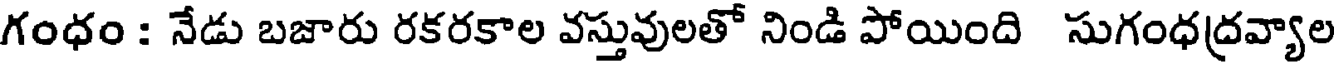
గంధం : నేడు బజారు రకరకాల వస్తువులతో నిండి పోయింది సుగంధద్రవ్యాల